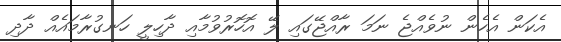
އެކަން އެހެން ނުވެއްޖެ ނަމަ ރާއްޖޭގައި ލޭ އޮހޮރުވުމާއި ދާހިލީ ހަނގުރާމައެއް ދާދި